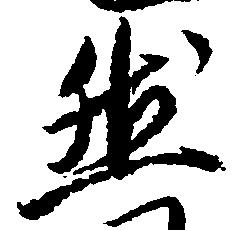
然